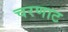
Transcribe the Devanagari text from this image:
चरणाट